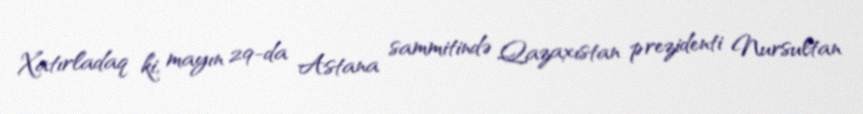
Xatırladaq ki, mayın 29-da Astana sammitində Qazaxıstan prezidenti Nursultan